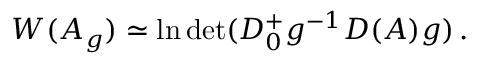
W ( A _ { g } ) \simeq \ln \operatorname * { d e t } ( D _ { 0 } ^ { + } g ^ { - 1 } D ( A ) g ) \, .